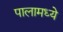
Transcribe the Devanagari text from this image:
पालामध्ये